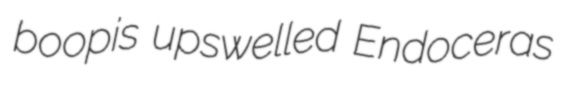
boopis upswelled Endoceras